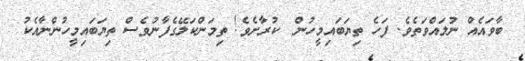
ބާވައެއް ނުލައްވަތެވެ. ފަހެ ތިޔަބައިމީހުން  ކުރާށެވެ! ތިމަންކަލޭގެފާނުވެސް ތިޔަބައިމީހުންނާއެކު